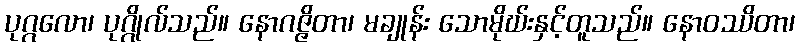
ပုဂ္ဂလော၊ ပုဂ္ဂိုလ်သည်။ နောဂဇ္ဇိတာ၊ မချုန်း သောမိုဃ်းနှင့်တူသည်။ နောဝဿိတာ၊